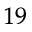
_ { 1 9 }